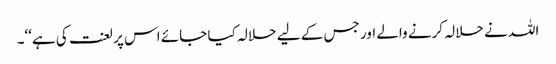
اللہ نے حلالہ کرنے والے اور جس کے لیے حلالہ کیا جائے اس پر لعنت کی ہے‘‘۔